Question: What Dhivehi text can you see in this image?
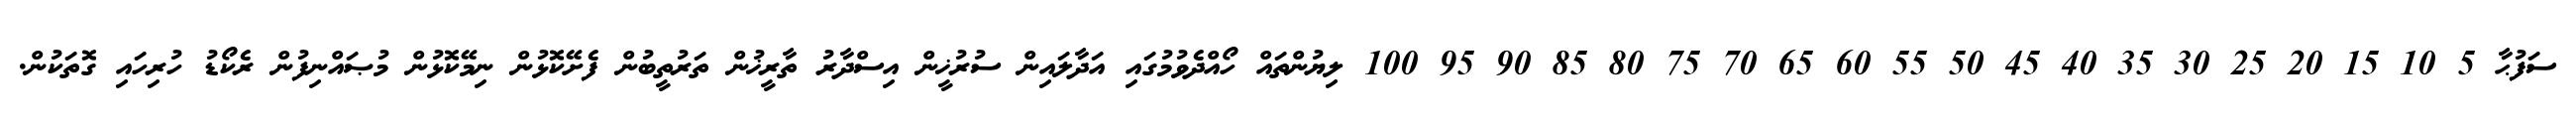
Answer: ސަފުޙާ 5 10 15 20 25 30 35 40 45 50 55 60 65 70 75 80 85 90 95 100 ލިޔުންތައް ހޯއްދެވުމުގައި އަދާލައިން ސުރުޚީން އިސްދާރު ތާރީޚުން ތަރުތީބުން ފެށޭކޮޅުން ނިމޭކޮޅުން މުޞައްނިފުން ރެކޯޑު ހުރިހައި ގޮތަކުން.